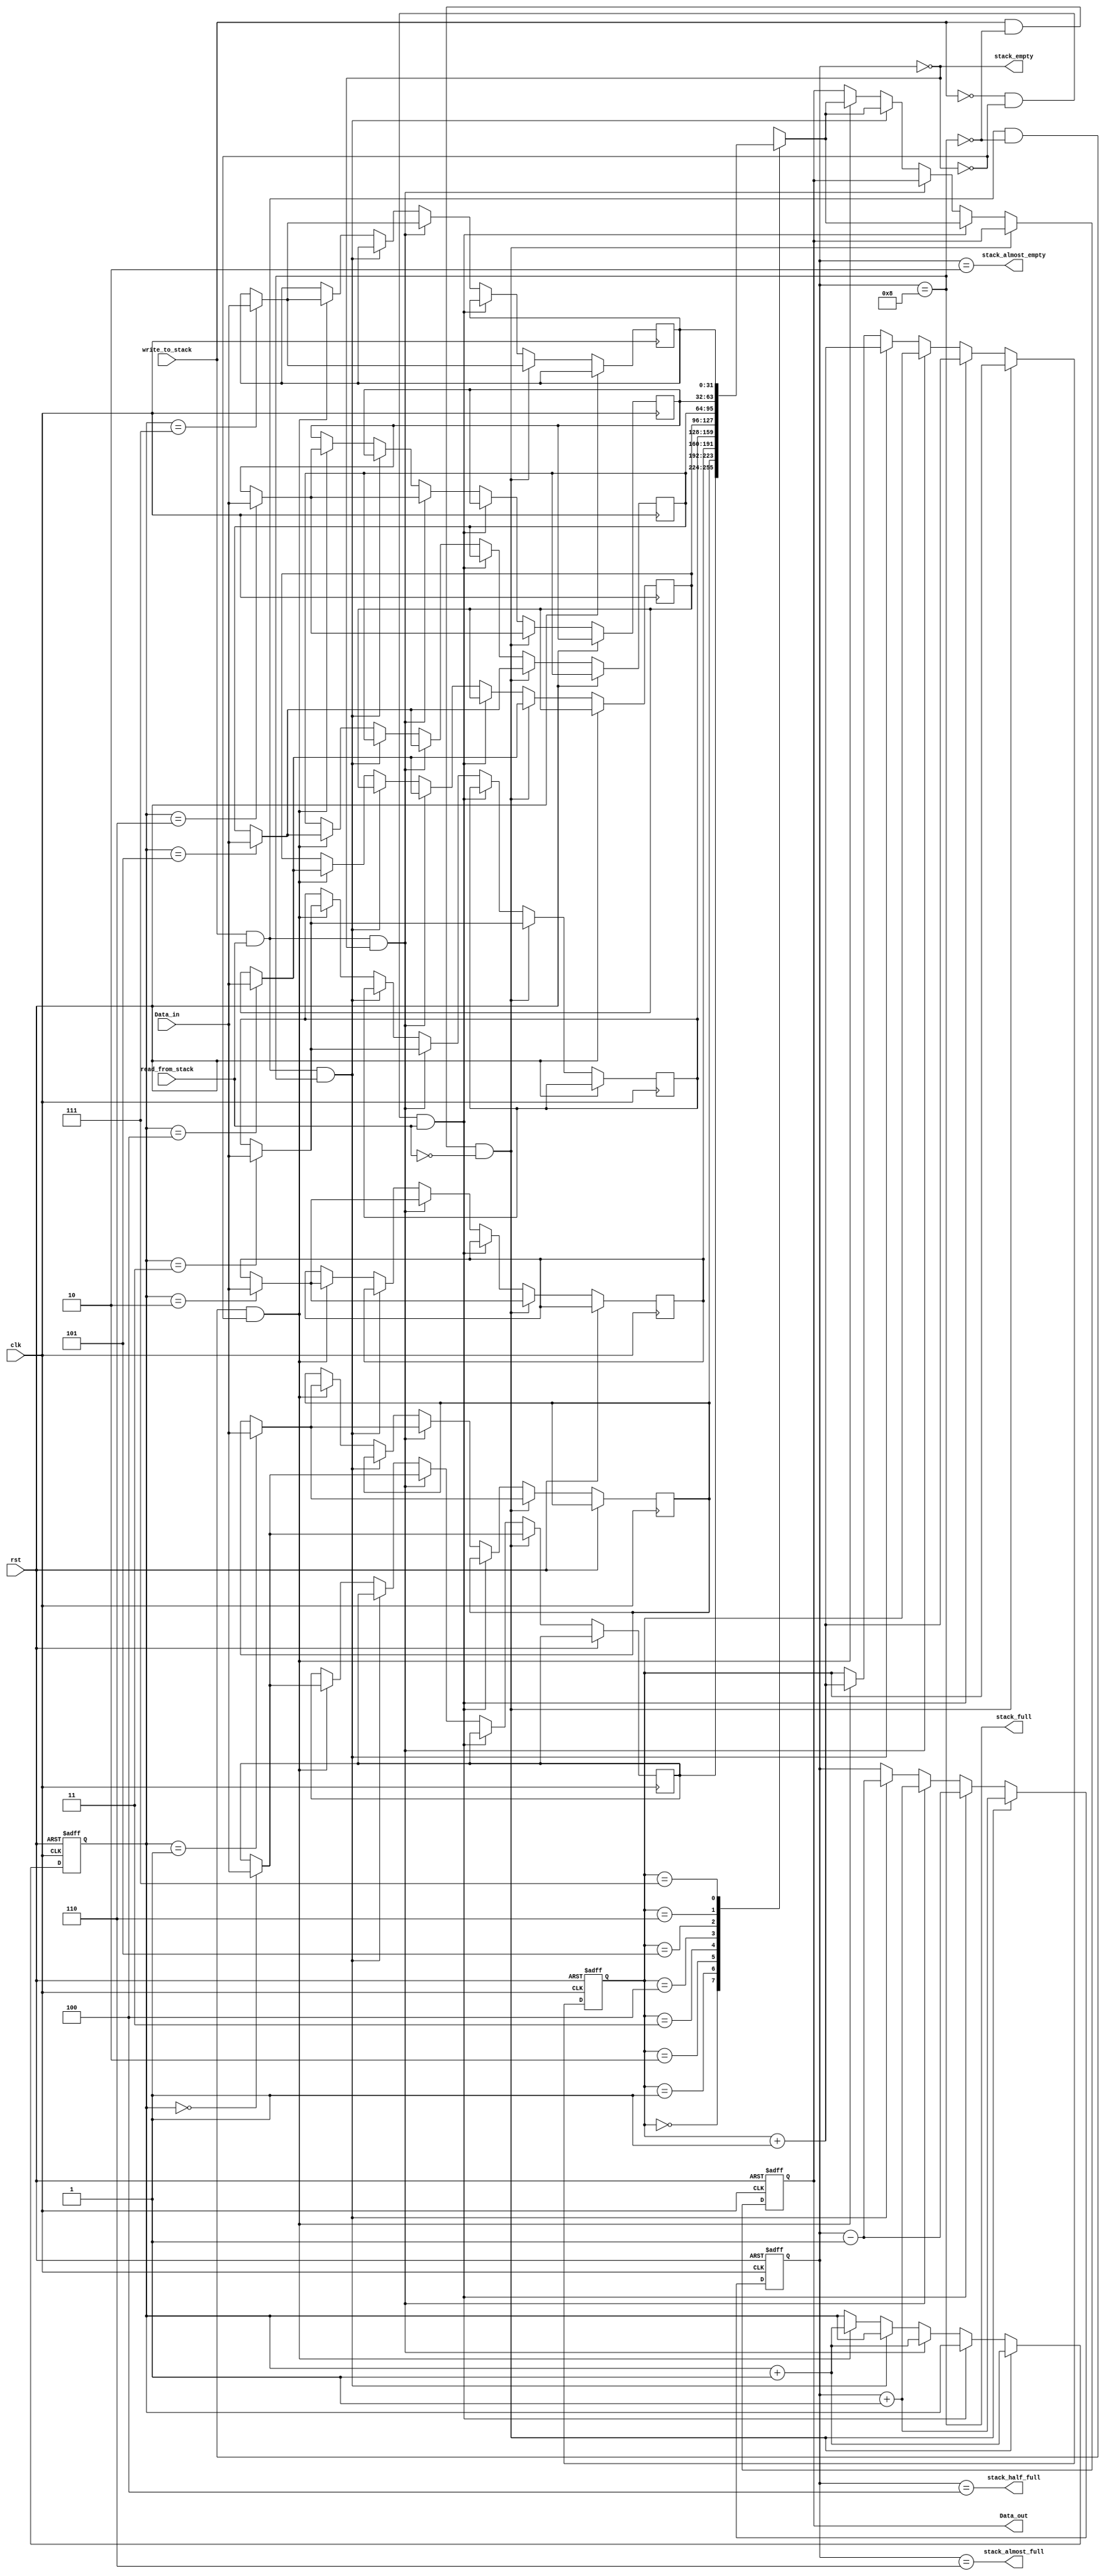
module FIFO_Buffer (	
  Data_out, 			// Data path from FIFO
  stack_full,			// Status flags
  stack_almost_full,	
  stack_half_full,
  stack_almost_empty,
  stack_empty, 		 
  Data_in, 			// Data path into FIFO
  write_to_stack, 			// Flag controlling a write to the stack
  read_from_stack,		// Flag controlling a read from the stack
  clk, rst 		 
  );
  parameter stack_width = 32; 	// Width of stack and data paths
  parameter stack_height = 8; 	// Height of stack (in # of words)
  parameter stack_ptr_width = 3;   	// Width of pointer to address stack    
  parameter  AE_level = 2;		// almost empty level
  parameter  AF_level = 6;		// Almost full level
  parameter  HF_level = 4;		// Half full level
  output 	[stack_width -1: 0] 	Data_out;

  output 				stack_full, stack_almost_full, stack_half_full;
  output				stack_almost_empty, stack_empty;
  input 	[stack_width -1: 0] 	Data_in;
  input 				write_to_stack, read_from_stack;
  input 				clk, rst;

  reg 	[ stack_ptr_width -1: 0]  	read_ptr, write_ptr;  // Addresses for 
						   // reading and writing
  reg 	[ stack_ptr_width: 0]  	ptr_gap;	  	   // Gap between ptrs
  reg 	[stack_width -1: 0] 	Data_out;
  reg 	[stack_width -1: 0] 	stack [stack_height -1 : 0]; // memory array
 
// Stack status signals
  assign stack_full = (ptr_gap == stack_height);
  assign stack_almost_full = (ptr_gap == AF_level);
  assign stack_half_full = (ptr_gap == HF_level);
  assign stack_almost_empty = (ptr_gap == AE_level);
  assign stack_empty = (ptr_gap == 0); 

  always @ (posedge clk or posedge rst)  
    if (rst) begin
      Data_out <= 0;
      read_ptr <= 0;
      write_ptr <= 0;
      ptr_gap <= 0; 
    end
    else if (write_to_stack && (!stack_full) && (!read_from_stack)) begin
      stack [write_ptr] <= Data_in;
      write_ptr <= write_ptr + 1;	 
      ptr_gap <= ptr_gap + 1;  
    end
    else if ((!write_to_stack) && (!stack_empty) && read_from_stack) begin
      Data_out <= stack [read_ptr];
      read_ptr <= read_ptr + 1;
      ptr_gap <= ptr_gap - 1;
    end
    else if (write_to_stack && read_from_stack && stack_empty) begin
      stack [write_ptr] <= Data_in;
      write_ptr <= write_ptr + 1;
      ptr_gap <= ptr_gap + 1;
    end
    else if (write_to_stack && read_from_stack && stack_full) begin
      Data_out <= stack [read_ptr];
      read_ptr <= read_ptr + 1;
      ptr_gap <= ptr_gap - 1;
    end
    else if (write_to_stack && read_from_stack 
      && (!stack_full) && (!stack_empty)) begin
      Data_out <= stack [read_ptr];
      stack [write_ptr] <= Data_in;
      read_ptr <= read_ptr + 1;
      write_ptr <= write_ptr + 1;
    end
endmodule